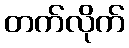
တက်လိုက်